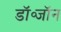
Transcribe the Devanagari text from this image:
डॉ॰जॉन